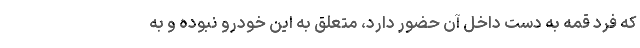
که فرد قمه به دست داخل آن حضور دارد، متعلق به این خودرو نبوده و به